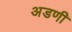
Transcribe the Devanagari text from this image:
अडणी